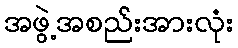
အဖွဲ့အစည်းအားလုံး